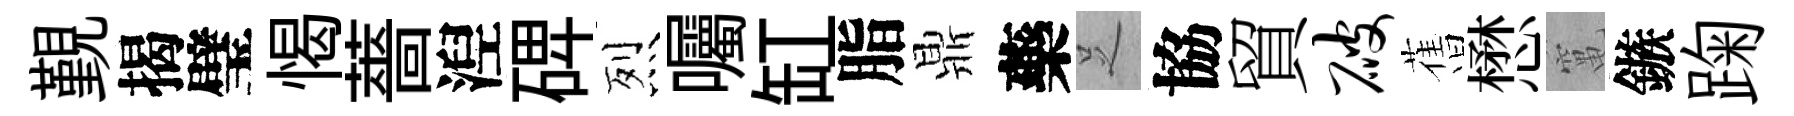
覲揭璧愒薔湼𥓓烈囑缸脂鼎藥𠯁協貿破𦾔懋𥧄鏃踘